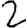
Digit: 2